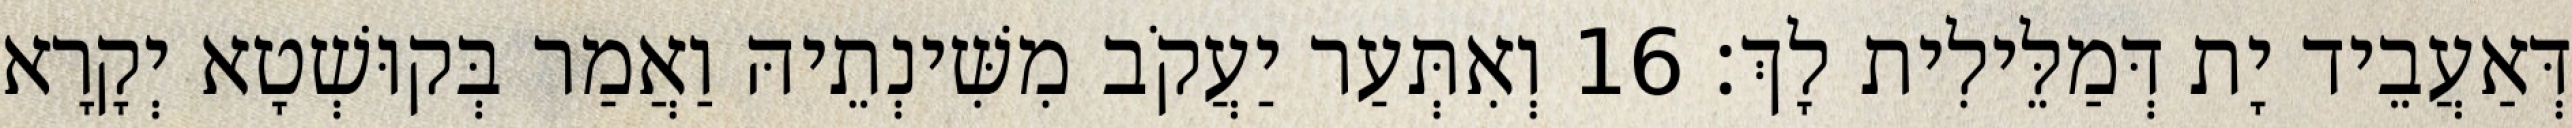
דְּאַעֲבֵיד יָת דְּמַלֵּילִית לָךְ׃ 16 וְאִתְּעַר יַעֲקֹב מִשִּׁינְתֵיהּ וַאֲמַר בְּקוּשְׁטָא יְקָרָא